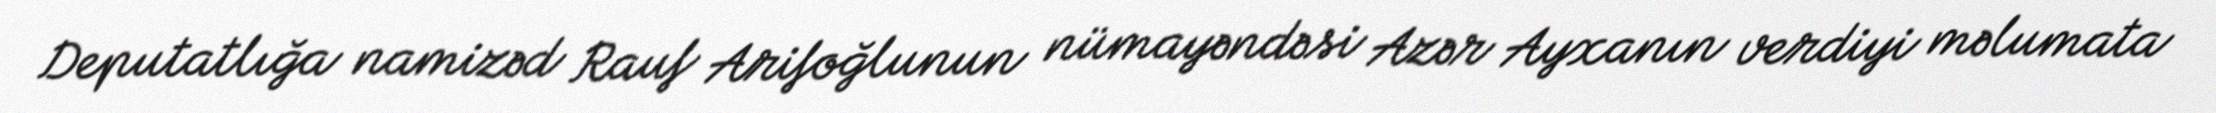
Deputatlığa namizəd Rauf Arifoğlunun nümayəndəsi Azər Ayxanın verdiyi məlumata